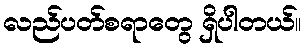
လည်ပတ်စရာတွေ ရှိပါတယ်။